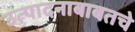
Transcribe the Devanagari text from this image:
उत्पादनाबाबतचे